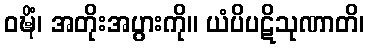
ဝဍ္ဎိံ၊ အတိုးအပွားကို။ ယံပိပဋိသုဏာတိ၊